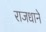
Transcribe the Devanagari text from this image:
राजधाने